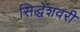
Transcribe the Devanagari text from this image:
सिद्धेशवरी